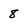
Character: 8